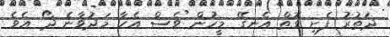
ދަތުރު ފެށި ގޮތް އެނގޭ މީހުން ވެސް އެހާ މަދުވާނެ ދޯ އެވެ